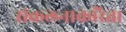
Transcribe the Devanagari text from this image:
संकलनाकरिता